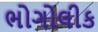
ભોગોલીક